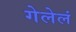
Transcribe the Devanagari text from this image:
गेलेलं